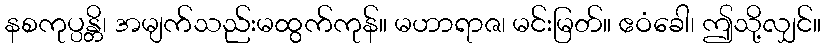
နစကုပ္ပန္တိ၊ အမျက်သည်းမထွက်ကုန်။ မဟာရာဇ၊ မင်းမြတ်။ ဧဝံခေါ၊ ဤသို့လျှင်။